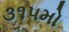
૩૧૫મો